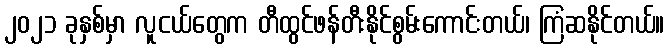
၂၀၂၁ ခုနှစ်မှာ လူငယ်တွေက တီထွင်ဖန်တီးနိုင်စွမ်းကောင်းတယ်၊ ကြံဆနိုင်တယ်။